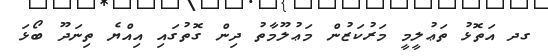
ގދ އަތޮޅު ތަޢުލީމީ މަރުކަޒުން މަޢުލޫމާތު ދިން ގޮތުގައި އިއްޔެ ތިނަދޫ ބޯޅަ